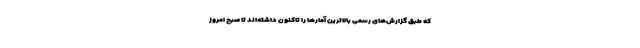
که طبق گزارش‌های رسمی بالاترین آمارها را تاکنون داشته‌اند تا صبح امروز